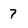
Character: 7